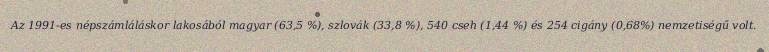
Az 1991-es népszámláláskor lakosából magyar (63,5 %), szlovák (33,8 %), 540 cseh (1,44 %) és 254 cigány (0,68%) nemzetiségű volt.